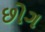
છોગ